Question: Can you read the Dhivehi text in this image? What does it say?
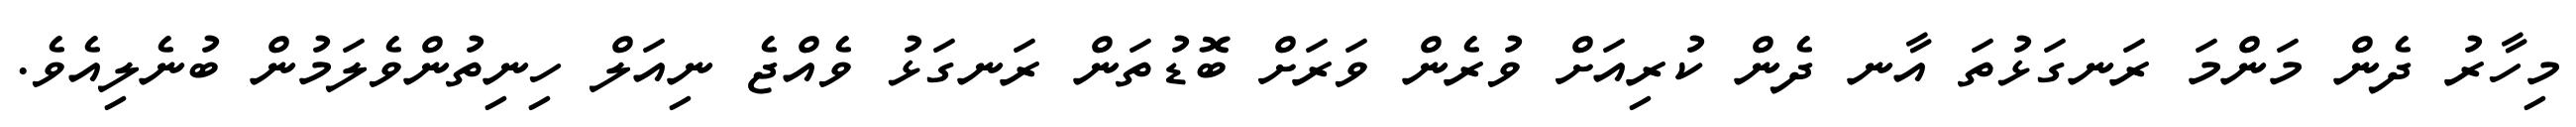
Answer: މިހާރު ދެން މަންމަ ރަނގަޅުތަ އާނ ދެން ކުރިއަށް ވުރެން ވަރަށް ބޮޑުތަން ރަނގަޅު ވެއްޖެ ނިއަލް ހިނިތުންވެލަމުން ބުނެލިއެވެ.